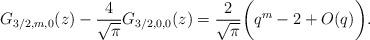
LaTeX: \begin{align*}G_{3/2,m,0}(z) - \frac{4}{\sqrt{\pi}}G_{3/2,0,0}(z) = \frac{2}{\sqrt{\pi}}\biggl(q^m - 2 + O(q)\biggr).\end{align*}